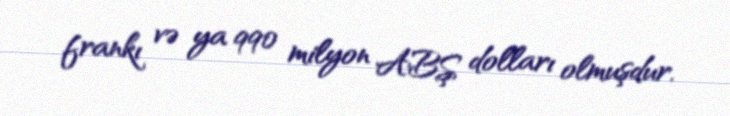
frankı və ya 990 milyon ABŞ dolları olmuşdur.